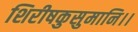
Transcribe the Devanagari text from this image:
शिरीषकुसुमानि।।